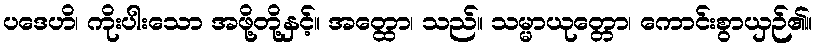
ပဒေဟိ၊ ကိုးပါးသော အဖို့တို့နှင့်။ အတ္ထော၊ သည်။ သမ္မာယုတ္တော၊ ကောင်းစွာယှဉ်၏။